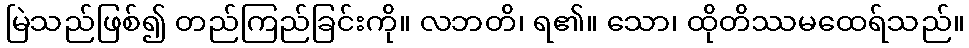
မြဲသည်ဖြစ်၍ တည်ကြည်ခြင်းကို။ လဘတိ၊ ရ၏။ သော၊ ထိုတိဿမထေရ်သည်။